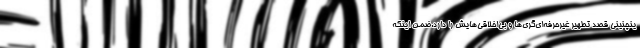
ینچنینی قصد تطهیر غیرحرفه‌ای‌گری‌ها و بی‌اخلاقی‌هایش را دارد.ضمن اینکه